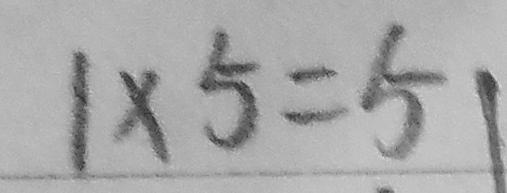
1 \times 5 = 5 1